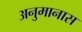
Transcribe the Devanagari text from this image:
अनुमानास